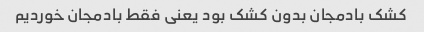
کشک بادمجان بدون کشک بود یعنی فقط بادمجان خوردیم